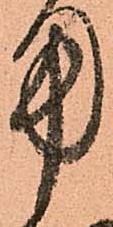
用